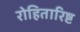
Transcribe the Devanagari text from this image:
रोहितारिष्ट